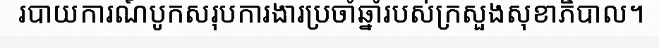
របាយការណ៍បូកសរុបការងារប្រចាំឆ្នាំរបស់ក្រសួងសុខាភិបាល។